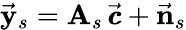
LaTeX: \vec{\mathbf y}_{s}={\mathbf A}_{s}\, \vec{\pmb{c}}+\vec{\mathbf n}_{s}